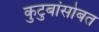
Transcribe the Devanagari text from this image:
कुटुबांसोबत